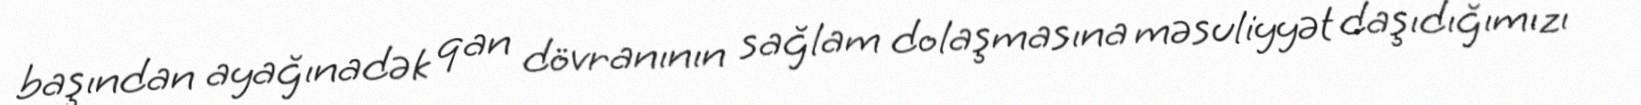
başından ayağınadək qan dövranının sağlam dolaşmasına məsuliyyət daşıdığımızı